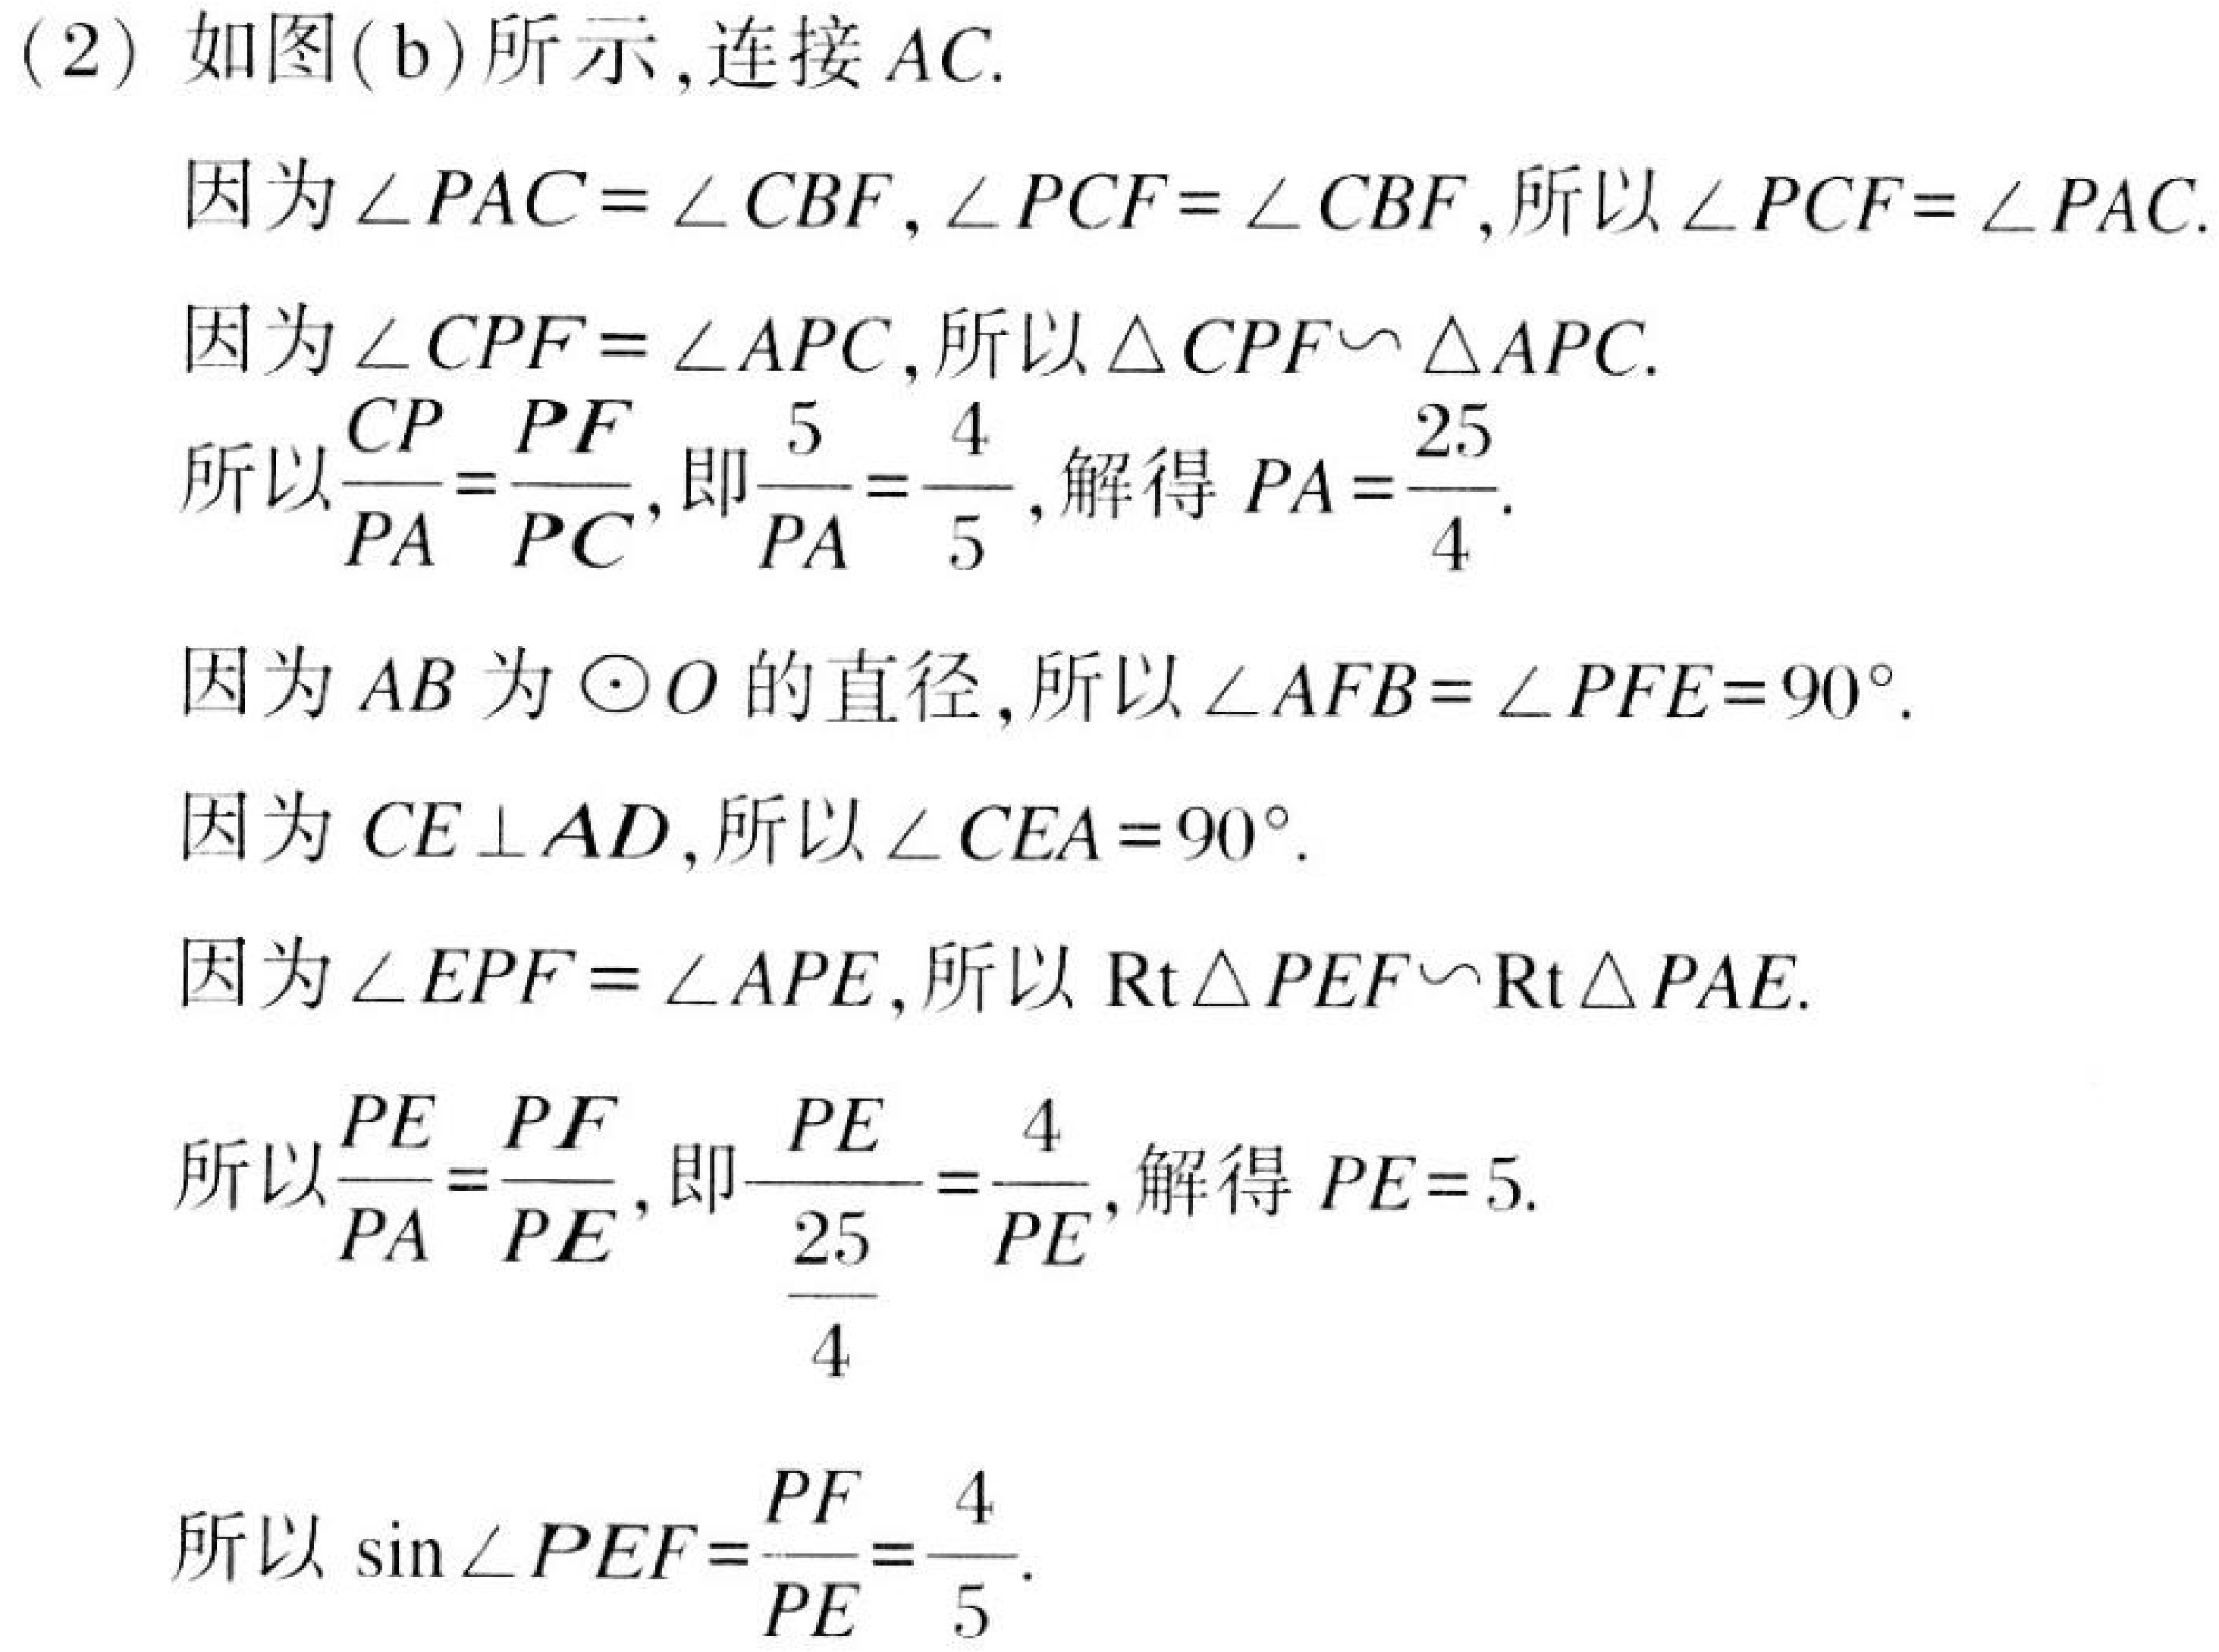
(2) 如图(b)所示,连接 \(AC\).
因为\(\angle PAC = \angle CBF,\angle PCF = \angle CBF\),所以\(\angle PCF = \angle PAC\).
因为\(\angle CPF = \angle APC\),所以\(\triangle CPF\sim\triangle APC\).
所以\(\frac{CP}{PA}=\frac{PF}{PC}\),即\(\frac{5}{PA}=\frac{4}{5}\),解得\(PA = \frac{25}{4}\).
因为\(AB\)为\(\odot O\)的直径,所以\(\angle AFB = \angle PFE = 90^{\circ}\).
因为\(CE\perp AD\),所以\(\angle CEA = 90^{\circ}\).
因为\(\angle EPF = \angle APE\),所以\(\text{Rt}\triangle PEF\sim\text{Rt}\triangle PAE\).
所以\(\frac{PE}{PA}=\frac{PF}{PE}\),即\(\frac{PE}{\frac{25}{4}}=\frac{4}{PE}\),解得\(PE = 5\).
所以\(\sin\angle PEF=\frac{PF}{PE}=\frac{4}{5}\).